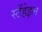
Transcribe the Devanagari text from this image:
स्टेंहेइल